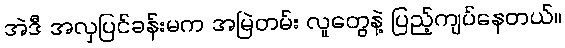
အဲဒီ အလှပြင်ခန်းမက အမြဲတမ်း လူတွေနဲ့ ပြည့်ကျပ်နေတယ်။